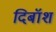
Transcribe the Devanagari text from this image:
दिबॉश